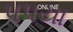
પપયા